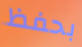
بحفظ